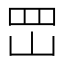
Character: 𡶩